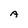
Character: A